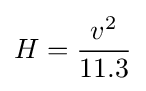
H={\frac {v^{2}}{11.3}}